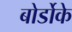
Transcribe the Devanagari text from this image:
बोर्डोके